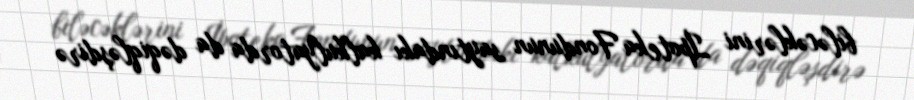
biləcəklərini İpoteka Fondunun saytındakı kalkulyatorda da dəqiqləşdirə